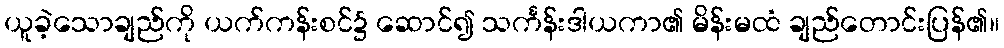
ယူခဲ့သောချည်ကို ယက်ကန်းစင်၌ ဆောင်၍ သင်္ကန်းဒါယကာ၏ မိန်းမထံ ချည်တောင်းပြန်၏။